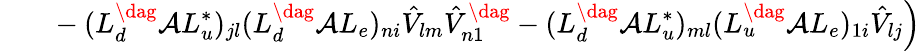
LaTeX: \left.~~~~~~~-(L_{d}^{\dag}{\cal A}L_{u}^{*})_{jl}(L_{d}^{\dag}{\cal A}L_{e})_{ni}\hat{V}_{lm}\hat{V}_{n1}^{\dag}-(L_{d}^{\dag}{\cal A}L_{u}^{*})_{ml}(L_{u}^{\dag}{\cal A}L_{e})_{1i}\hat{V}_{lj}\right)